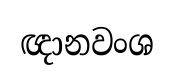
ඥානවංශ